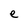
Character: e